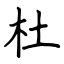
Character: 杜